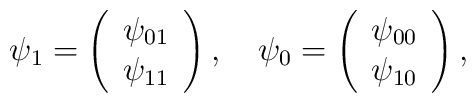
\psi_1=\left(\begin{array}{c}\psi_{01}\\\psi_{11}\end{array}\right),\quad\psi_0=\left(\begin{array}{c}\psi_{00}\\\psi_{10}\end{array}\right),